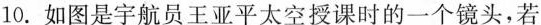
10.如图是宇航员王亚平太空授课时的一个镜头，若